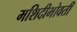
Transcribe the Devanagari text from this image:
मशिदीभोवती